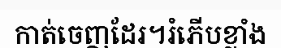
កាត់ចេញដែរ។រំភើបខ្លាំង